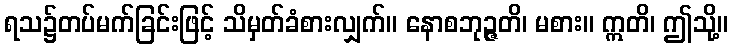
ရသ၌တပ်မက်ခြင်းဖြင့် သိမှတ်ခံစားလျှက်။ နောစဘုဉ္ဇတိ၊ မစား။ ဣတိ၊ ဤသို့။